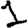
Digit: 1